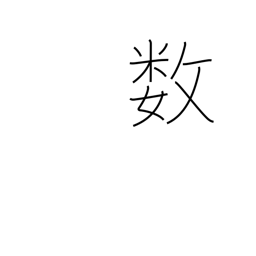
Meaning: fate